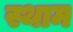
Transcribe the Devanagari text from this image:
स्थाम